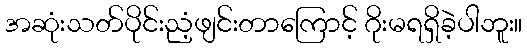
အဆုံးသတ်ပိုင်းညံ့ဖျင်းတာကြောင့် ဂိုးမရရှိခဲ့ပါဘူး။